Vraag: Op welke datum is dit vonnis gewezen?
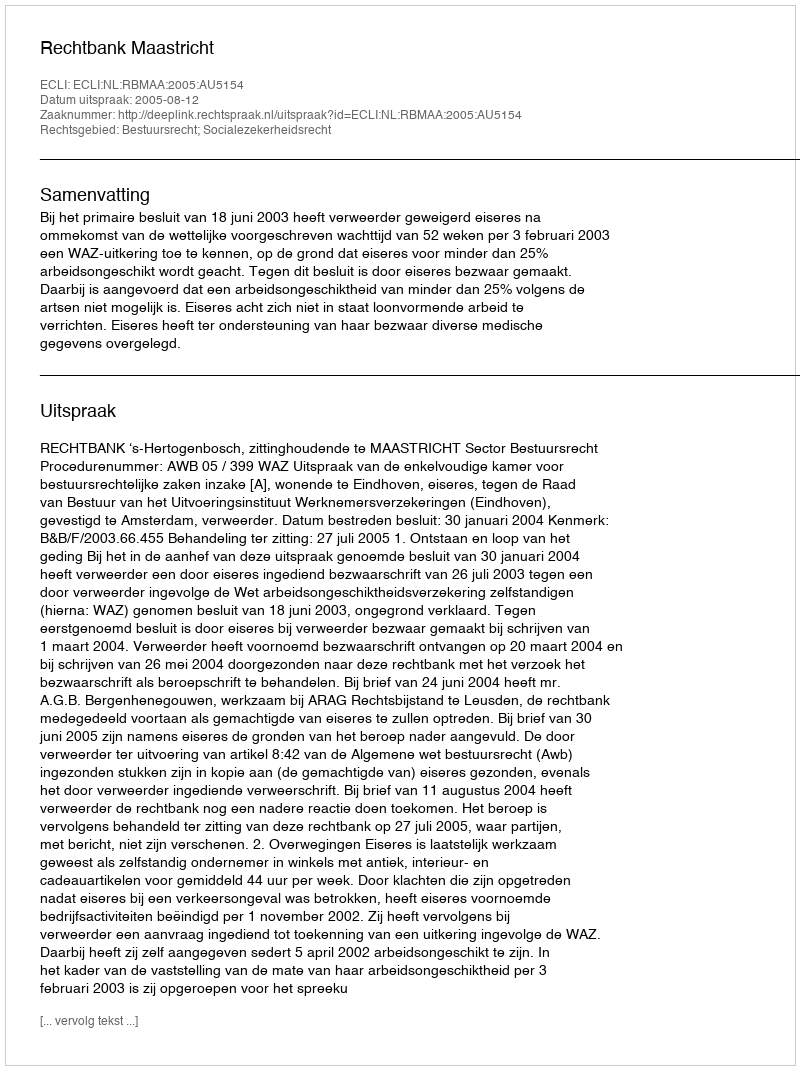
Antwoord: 2005-08-12